Indian journal of veterinary science and animal husbandry - Volumes 18-21, 1948-1951
Year: 1948
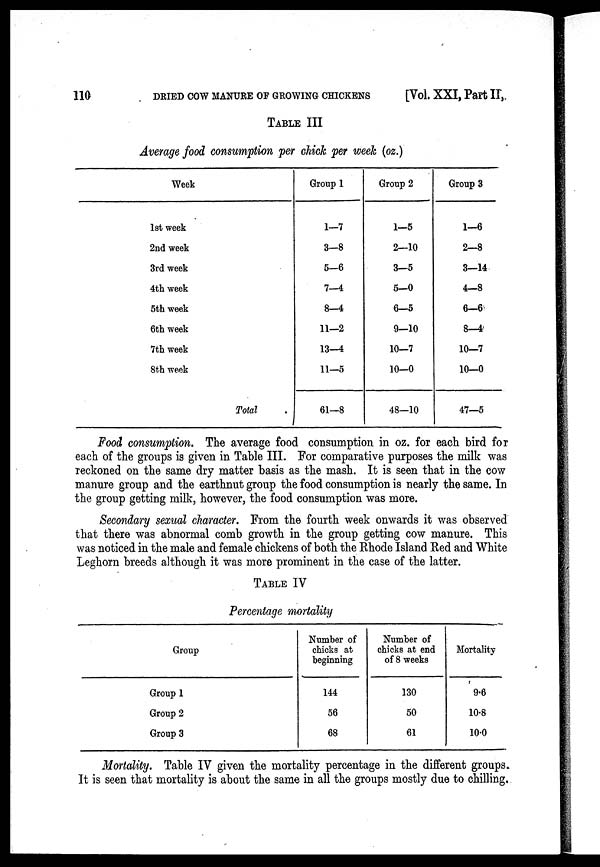
110
DRIED COW MANURE OF GROWING CHICKENS
[Vol. XXI, Part II,
TABLE III
Average food consumption per chick per week (oz.)
Week
1st week
2nd week
3rd week
4th week
5th week
6th week
7th week
8th week
Total
Group 1
1—7
3—8
5—6
7—4
8—4
11—2
13—4
11—5
61—8
Group 2
1—5
2—10
3—5
5—0
6—5
9-10
10—7
10—0
48—10
Group 3
1—6
2—8
3—14
4—8
6—6
8—4
10—7
10—0
47—5
Food consumption. The average food consumption in oz. for each bird for
each of the groups is given in Table III. For comparative purposes the milk was
reckoned on the same dry matter basis as the mash. It is seen that in the cow
manure group and the earthnut group the food consumption is nearly the same. In
the group getting milk, however, the food consumption was more.
Secondary sexual character. From the fourth week onwards it was observed
that there was abnormal comb growth in the group getting cow manure. This
was noticed in the male and female chickens of both the Rhode Island Red and White
Leghorn breeds although it was more prominent in the case of the latter.
TABLE IV
Percentage mortality
Group
Group 1
Group 2
Group 3
Number of
chicks at
beginning
144
56
68
Number of
chicks at end
of 8 weeks
130
50
61
Mortality
9.6
10.8
10.0
Mortality. Table IV given the mortality percentage in the different groups.
It is seen that mortality is about the same in all the groups mostly due to chilling.